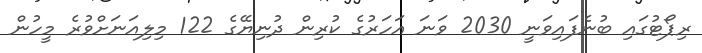
ރިޕޯޓުގައި ބުނެފައިވަނީ 2030 ވަނަ އަހަރުގެ ކުރިން ދުނިޔޭގެ 122 މިލިއަނަށްވުރެ މީހުން